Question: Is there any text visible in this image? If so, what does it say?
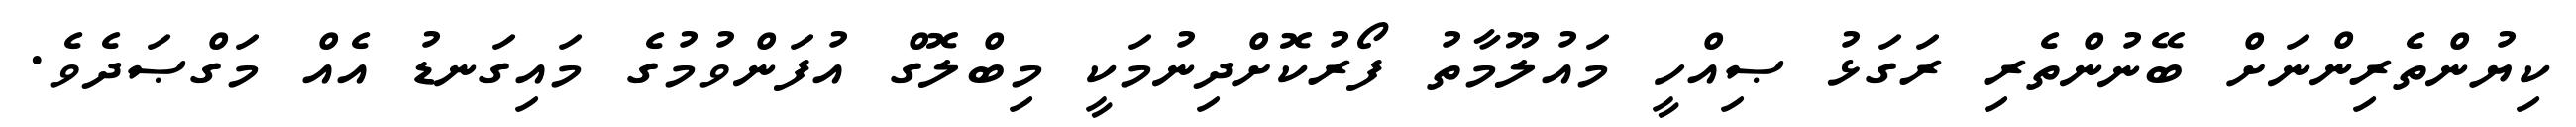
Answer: ކިޔުންތެރިންނަށް ބޭނުންތެރި ރަގަޅު ޞިއްހީ މައުލޫމާތު ފޯރުކޮށްދިނުމަކީ މިބްލޮގް އުފަންވުމުގެ މައިގަނޑު އެއް މަގްޞަދެވެ.